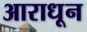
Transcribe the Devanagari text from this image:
आराधून